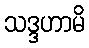
သဒ္ဒဟာမိ